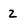
Character: 2